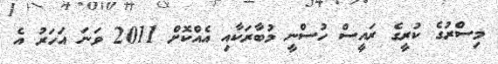
މިސްރުގެ ކުރީގެ ރައީސް ހުސްނީ މުބާރަކާއި އެއްކޮށް 2011 ވަނަ އަހަރު އެ